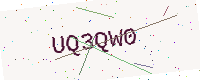
Text: UQ3QW0